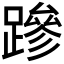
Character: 𮜒